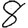
Digit: 8